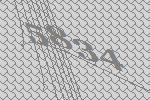
5834